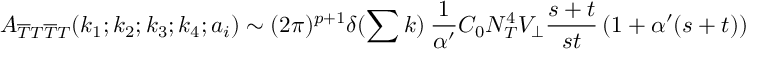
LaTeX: A _ { \overline { { { T } } } T \overline { { { T } } } T } ( k _ { 1 } ; k _ { 2 } ; k _ { 3 } ; k _ { 4 } ; a _ { i } ) \sim ( 2 \pi ) ^ { p + 1 } \delta ( \sum k ) \: \frac { 1 } { \alpha ^ { \prime } } { \cal C } _ { 0 } { \cal N } _ { T } ^ { 4 } V _ { \bot } \frac { s + t } { s t } \left( 1 + \alpha ^ { \prime } ( s + t ) \right)